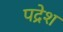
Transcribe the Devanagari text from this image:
पद्रेश